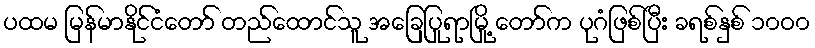
ပထမ မြန်မာနိုင်ငံတော် တည်ထောင်သူ အခြေပြုရာမြို့ တော်က ပုဂံဖြစ်ပြီး ခရစ်နှစ် ၁၀ဝ၀